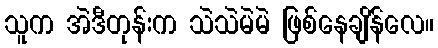
သူက အဲဒီတုန်းက သဲသဲမဲမဲ ဖြစ်နေချိန်လေ။